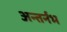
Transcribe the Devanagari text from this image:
अन्तर्नभ